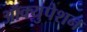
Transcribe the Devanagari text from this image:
ऑक्युपेशन